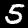
Digit: 5